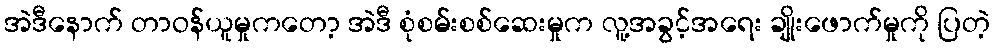
အဲဒီနောက် တာဝန်ယူမှုကတော့ အဲဒီ စုံစမ်းစစ်ဆေးမှုက လူ့အခွင့်အရေး ချိုးဖောက်မှုကို ပြတဲ့